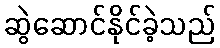
ဆွဲဆောင်နိုင်ခဲ့သည်